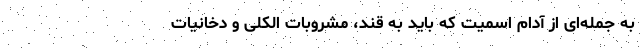
به جمله‌ای از آدام اسمیت که باید به قند، مشروبات الکلی و دخانیات